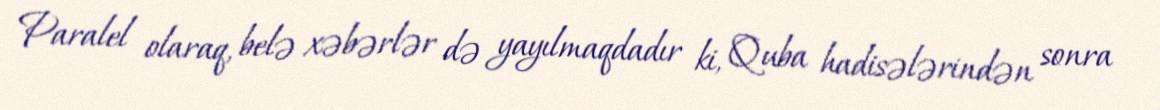
Paralel olaraq, belə xəbərlər də yayılmaqdadır ki, Quba hadisələrindən sonra